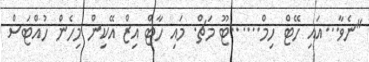
"ނެވާ...އައި ހޭޓް ހިމް......ޓޫ މަޗް. މައި ހާޓް އިޒް އޭކިން މިހެން ހުއްޓަސް